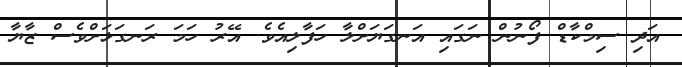
އަދި ސިމްކާޑް ފޯނުން ނަގައި އަނގަޔަށްލާ ހަފާލިއެވެ. އޭރު ހަމަ ރަނގަޅަށްވެސް ޒާޔާ